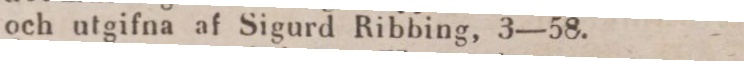
och utgifna af Sigurd Ribbing, 3—58.